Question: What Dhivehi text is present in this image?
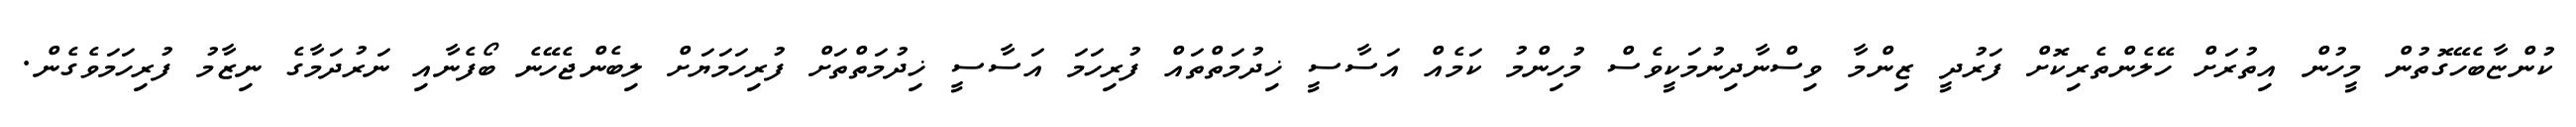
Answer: ކުންޏާބެހޭގޮތުން މީހުން އިތުރަށް ހޭލެންތެރިކޮށް ފަރުދީ ޒިންމާ ވިސްނާދިނުމަކީވެސް މުހިންމު ކަމެއް އަސާސީ ޚިދުމަތްތައް ފުރިހަމަ އަސާސީ ޚިދުމަތްތަށް ފުރިހަމަޔަށް ލިބެންޖެހޭނެ ބޯފެނާއި ނަރުދަމާގެ ނިޒާމު ފުރިހަމަވެގެން.